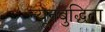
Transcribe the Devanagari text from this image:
न्यूनबुद्धिता